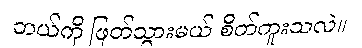
ဘယ်ကို ဖြတ်သွားမယ် စိတ်ကူးသလဲ။